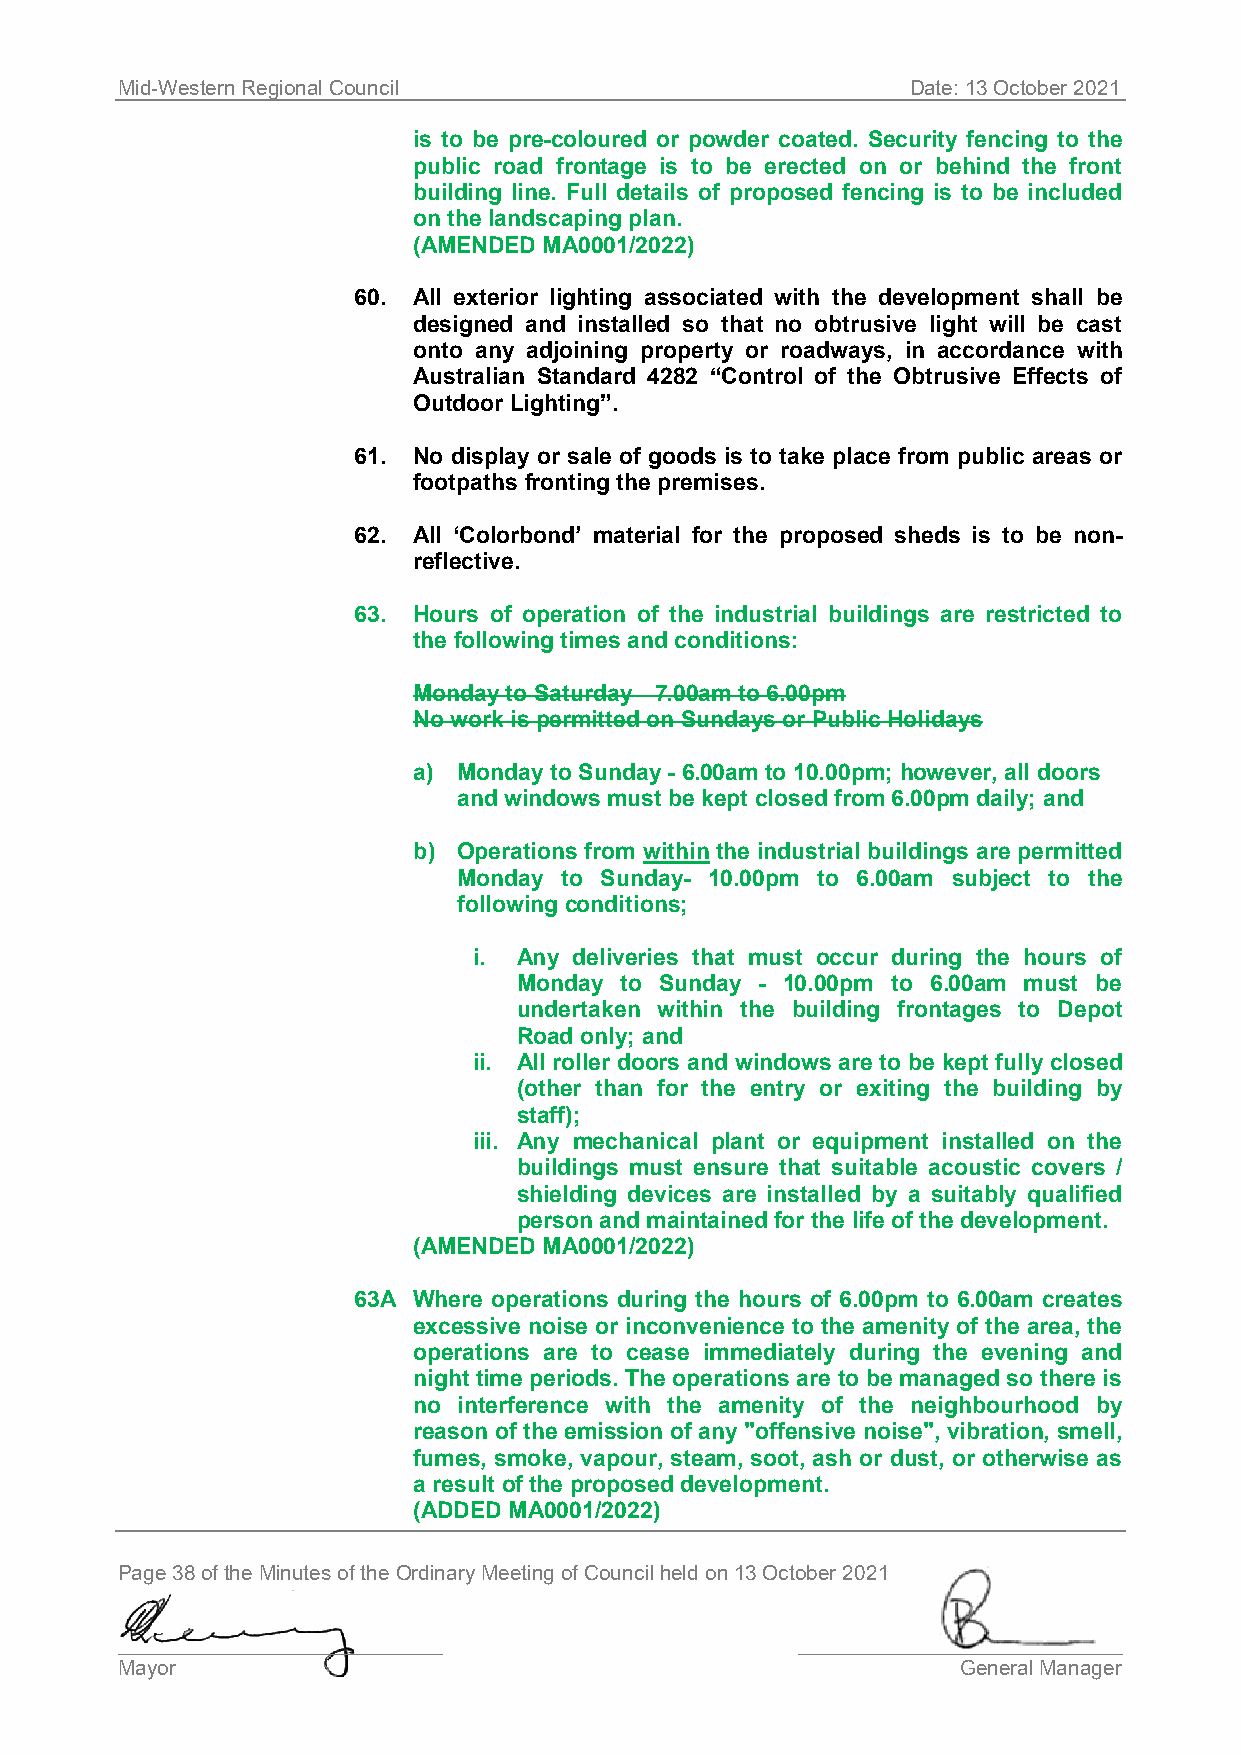
Mid-Western Regional Council                        Date: 13 October 2021
 is to be pre-coloured or powder coated. Security fencing to the
 public road frontage is to be erected on or behind the front
 building line. Full details of proposed fencing is to be included
 on the landscaping plan.
 (AMENDED MA0001/2022)
 60. All exterior lighting associated with the development shall be
 designed and installed so that no obtrusive light will be cast
 onto any adjoining property or roadways, in accordance with
 Australian Standard 4282 “Control of the Obtrusive Effects of
 Outdoor Lighting”.
 61. No display or sale of goods is to take place from public areas or
 footpaths fronting the premises.
 62. All ‘Colorbond’ material for the proposed sheds is to be non-
 reflective.
 63. Hours of operation of the industrial buildings are restricted to
 the following times and conditions:
 Monday to Saturday 7.00am to 6.00pm
 No work is permitted on Sundays or Public Holidays
 a) Monday to Sunday - 6.00am to 10.00pm; however, all doors
 and windows must be kept closed from 6.00pm daily; and
 b) Operations from within the industrial buildings are permitted
 Monday to Sunday- 10.00pm to 6.00am subject to the
 following conditions;
 i. Any deliveries that must occur during the hours of
 Monday to Sunday - 10.00pm to 6.00am must be
 undertaken within the building frontages to Depot
 Road only; and
 ii. All roller doors and windows are to be kept fully closed
 (other than for the entry or exiting the building by
 staff);
 iii. Any mechanical plant or equipment installed on the
 buildings must ensure that suitable acoustic covers /
 shielding devices are installed by a suitably qualified
 person and maintained for the life of the development.
 (AMENDED MA0001/2022)
 63A Where operations during the hours of 6.00pm to 6.00am creates
 excessive noise or inconvenience to the amenity of the area, the
 operations are to cease immediately during the evening and
 night time periods. The operations are to be managed so there is
 no interference with the amenity of the neighbourhood by
 reason of the emission of any "offensive noise", vibration, smell,
 fumes, smoke, vapour, steam, soot, ash or dust, or otherwise as
 a result of the proposed development.
 (ADDED MA0001/2022)
 Page 38 of the Minutes of the Ordinary Meeting of Council held on 13 October 2021
 ____________________________                 ____________________________
 Mayor                                                   General Manager